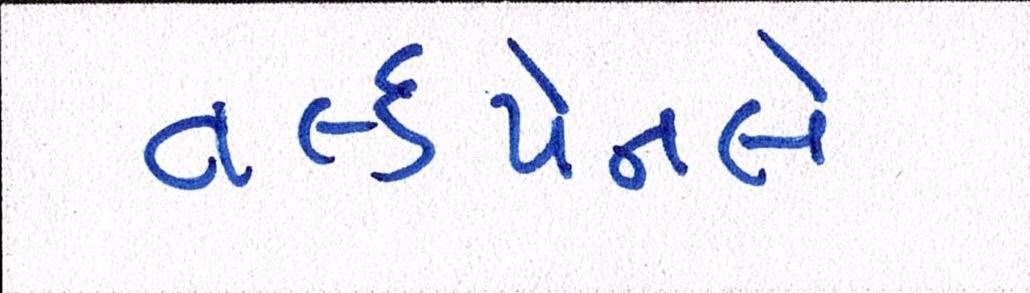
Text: વર્લ્ડપેનલે